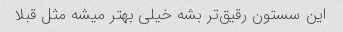
این سستون رقیق‌تر بشه خیلی بهتر میشه مثل قبلا